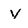
Character: Y